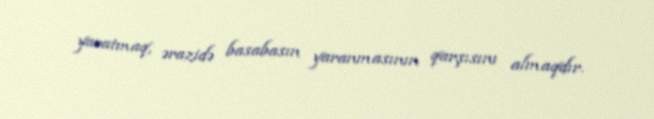
yaratmaq, ərazidə basabasın yaranmasının qarşısını almaqdır.